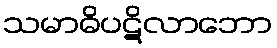
သမာဓိပဋိလာဘော